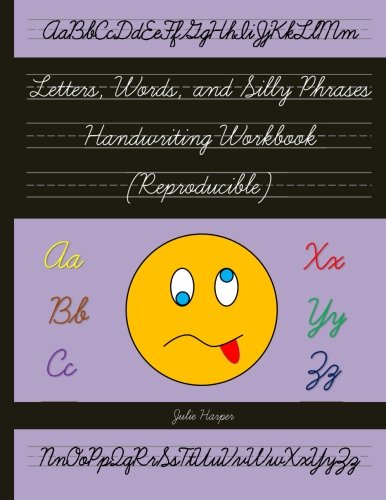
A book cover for Letters, Words, and Silly Phrases Handwriting Workbook (Reproducible): Practice Writing in Cursive (Second and Third Grade); Julie Harper; Reference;